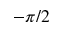
- \pi / 2